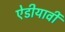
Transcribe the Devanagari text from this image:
ऐडीयार्वी